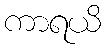
ကာရယိ